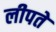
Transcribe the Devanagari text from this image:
लीपते